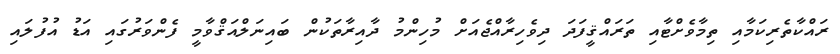
ރައްކާތެރިކަމާއި ތިމާވެށްޓާއި ތަރައްޤީފަދަ ދިވެހިރާއްޖެއަށް މުހިންމު ދާއިރާތަކުން ބައިނަލްއަޤްވާމީ ފެންވަރުގައި އަޑު އުފުލައި